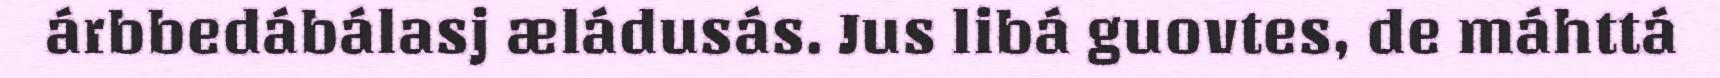
árbbedábálasj æládusás. Jus libá guovtes, de máhttá